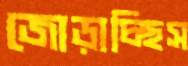
জোড়াচ্ছিস